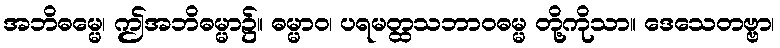
အဘိဓမ္မေ၊ ဤအဘိဓမ္မာ၌။ ဓမ္မာဝ၊ ပရမတ္ထသဘာဝဓမ္မ တို့ကိုသာ။ ဒေသေတဗ္ဗာ၊